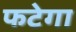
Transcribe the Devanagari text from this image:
फटेगा